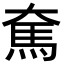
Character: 𩡱